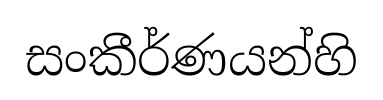
සංකීර්ණයන්හි